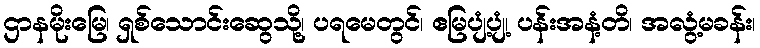
ဌာနမိုးမြေ၊ ရှစ်သောင်းဆွေသို့၊ ပရမေတွင်၊ ဧမြပျံ့ပျံ့၊ ပန်းအနံ့တိ၊ အလွံ့မခန်း၊